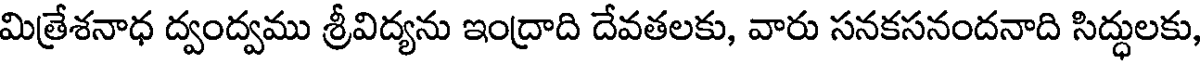
మిత్రేశనాధ ద్వంద్వము శ్రీవిద్యను ఇంద్రాది దేవతలకు, వారు సనకసనందనాది సిద్ధులకు,